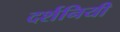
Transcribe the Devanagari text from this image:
दर्शनियी